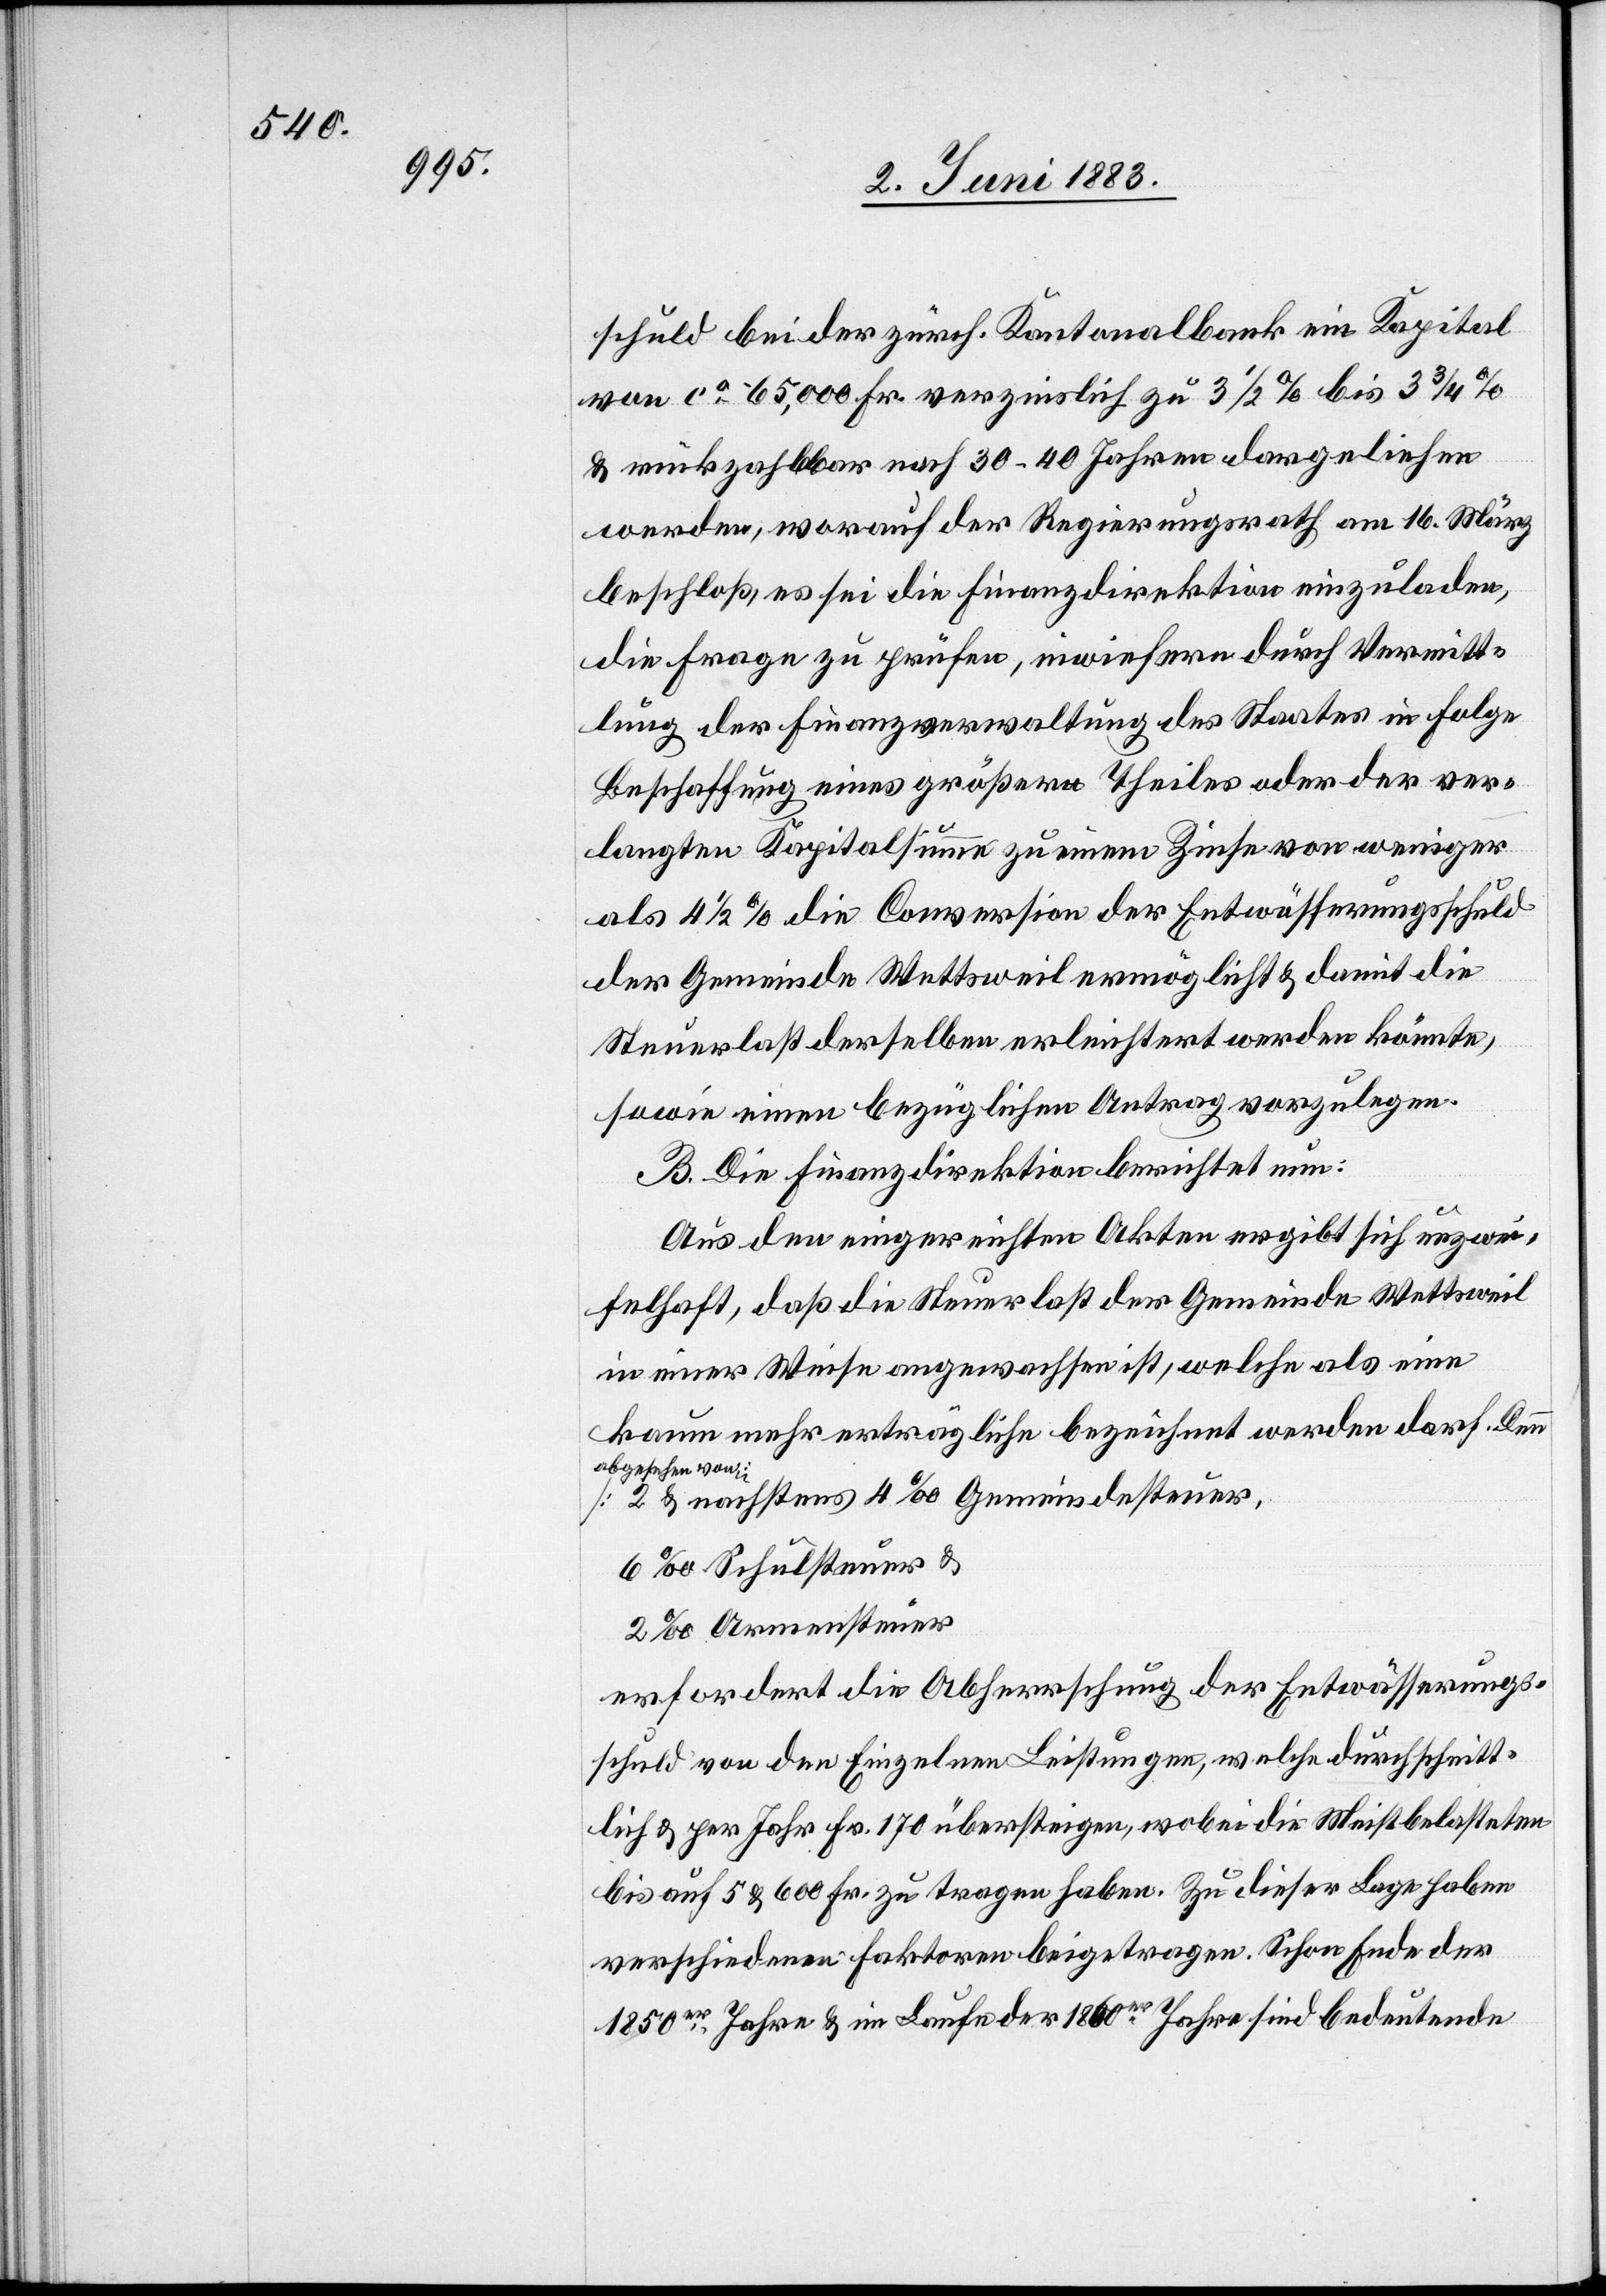
schuld bei der zürch. Kantonalbank ein Kapital
von ca 65,000 Fr. verzinslich zu 3 1/2% bis 3 3/4%
& rückzahlbar nach 30–40 Jahren dargeliehen
werden, worauf der Regierungsrath am 16. März
beschloß, es sei die Finanzdirektion einzuladen,
die Frage zu prüfen, inwiefern durch Vermitt¬
lung der Finanzverwaltung des Staates in Folge
Beschaffung eines größern Theiles oder der ver¬
langten Kapitalsumme zu einem Zinse von weniger
als 4 1/2% die Conversion der Entwässerungsschuld
der Gemeinde Wettsweil ermöglicht & damit die
Steuerlast derselben erleichtert werden könnte,
sowie einen bezüglichen Antrag vorzulegen.
B. Die Finanzdirektion berichtet nun:
Aus den eingereichten Akten ergibt sich unzwei¬
felhaft, daß die Steuerlast der Gemeinde Wettsweil
in einer Weise angewachsen ist, welche als eine
kaum mehr erträgliche bezeichnet werden darf. Denn
a–abgesehen von:–a
2 & nächstens 4‰ Gemeindesteuer,
6‰ Schulsteuer &
2‰ Armensteuer
erfordert die Abherrschung der Entwässerungs¬
schuld von den Einzelnen Leistungen, welche durchschnitt¬
lich & per Jahr Fr. 170 übersteigen, wobei die Meistbelasteten
bis auf 5 & 600 Fr. zu tragen haben. Zu dieser Lage haben
verschiedene Faktoren beigetragen. Schon Ende der
1850er Jahre & im Laufe der 1860er Jahre sind bedeutende